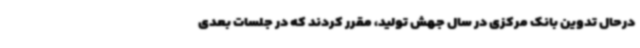
درحال تدوین بانک مرکزی در سال جهش تولید، مقرر کردند که در جلسات بعدی